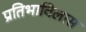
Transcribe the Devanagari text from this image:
प्रतिभाविलास